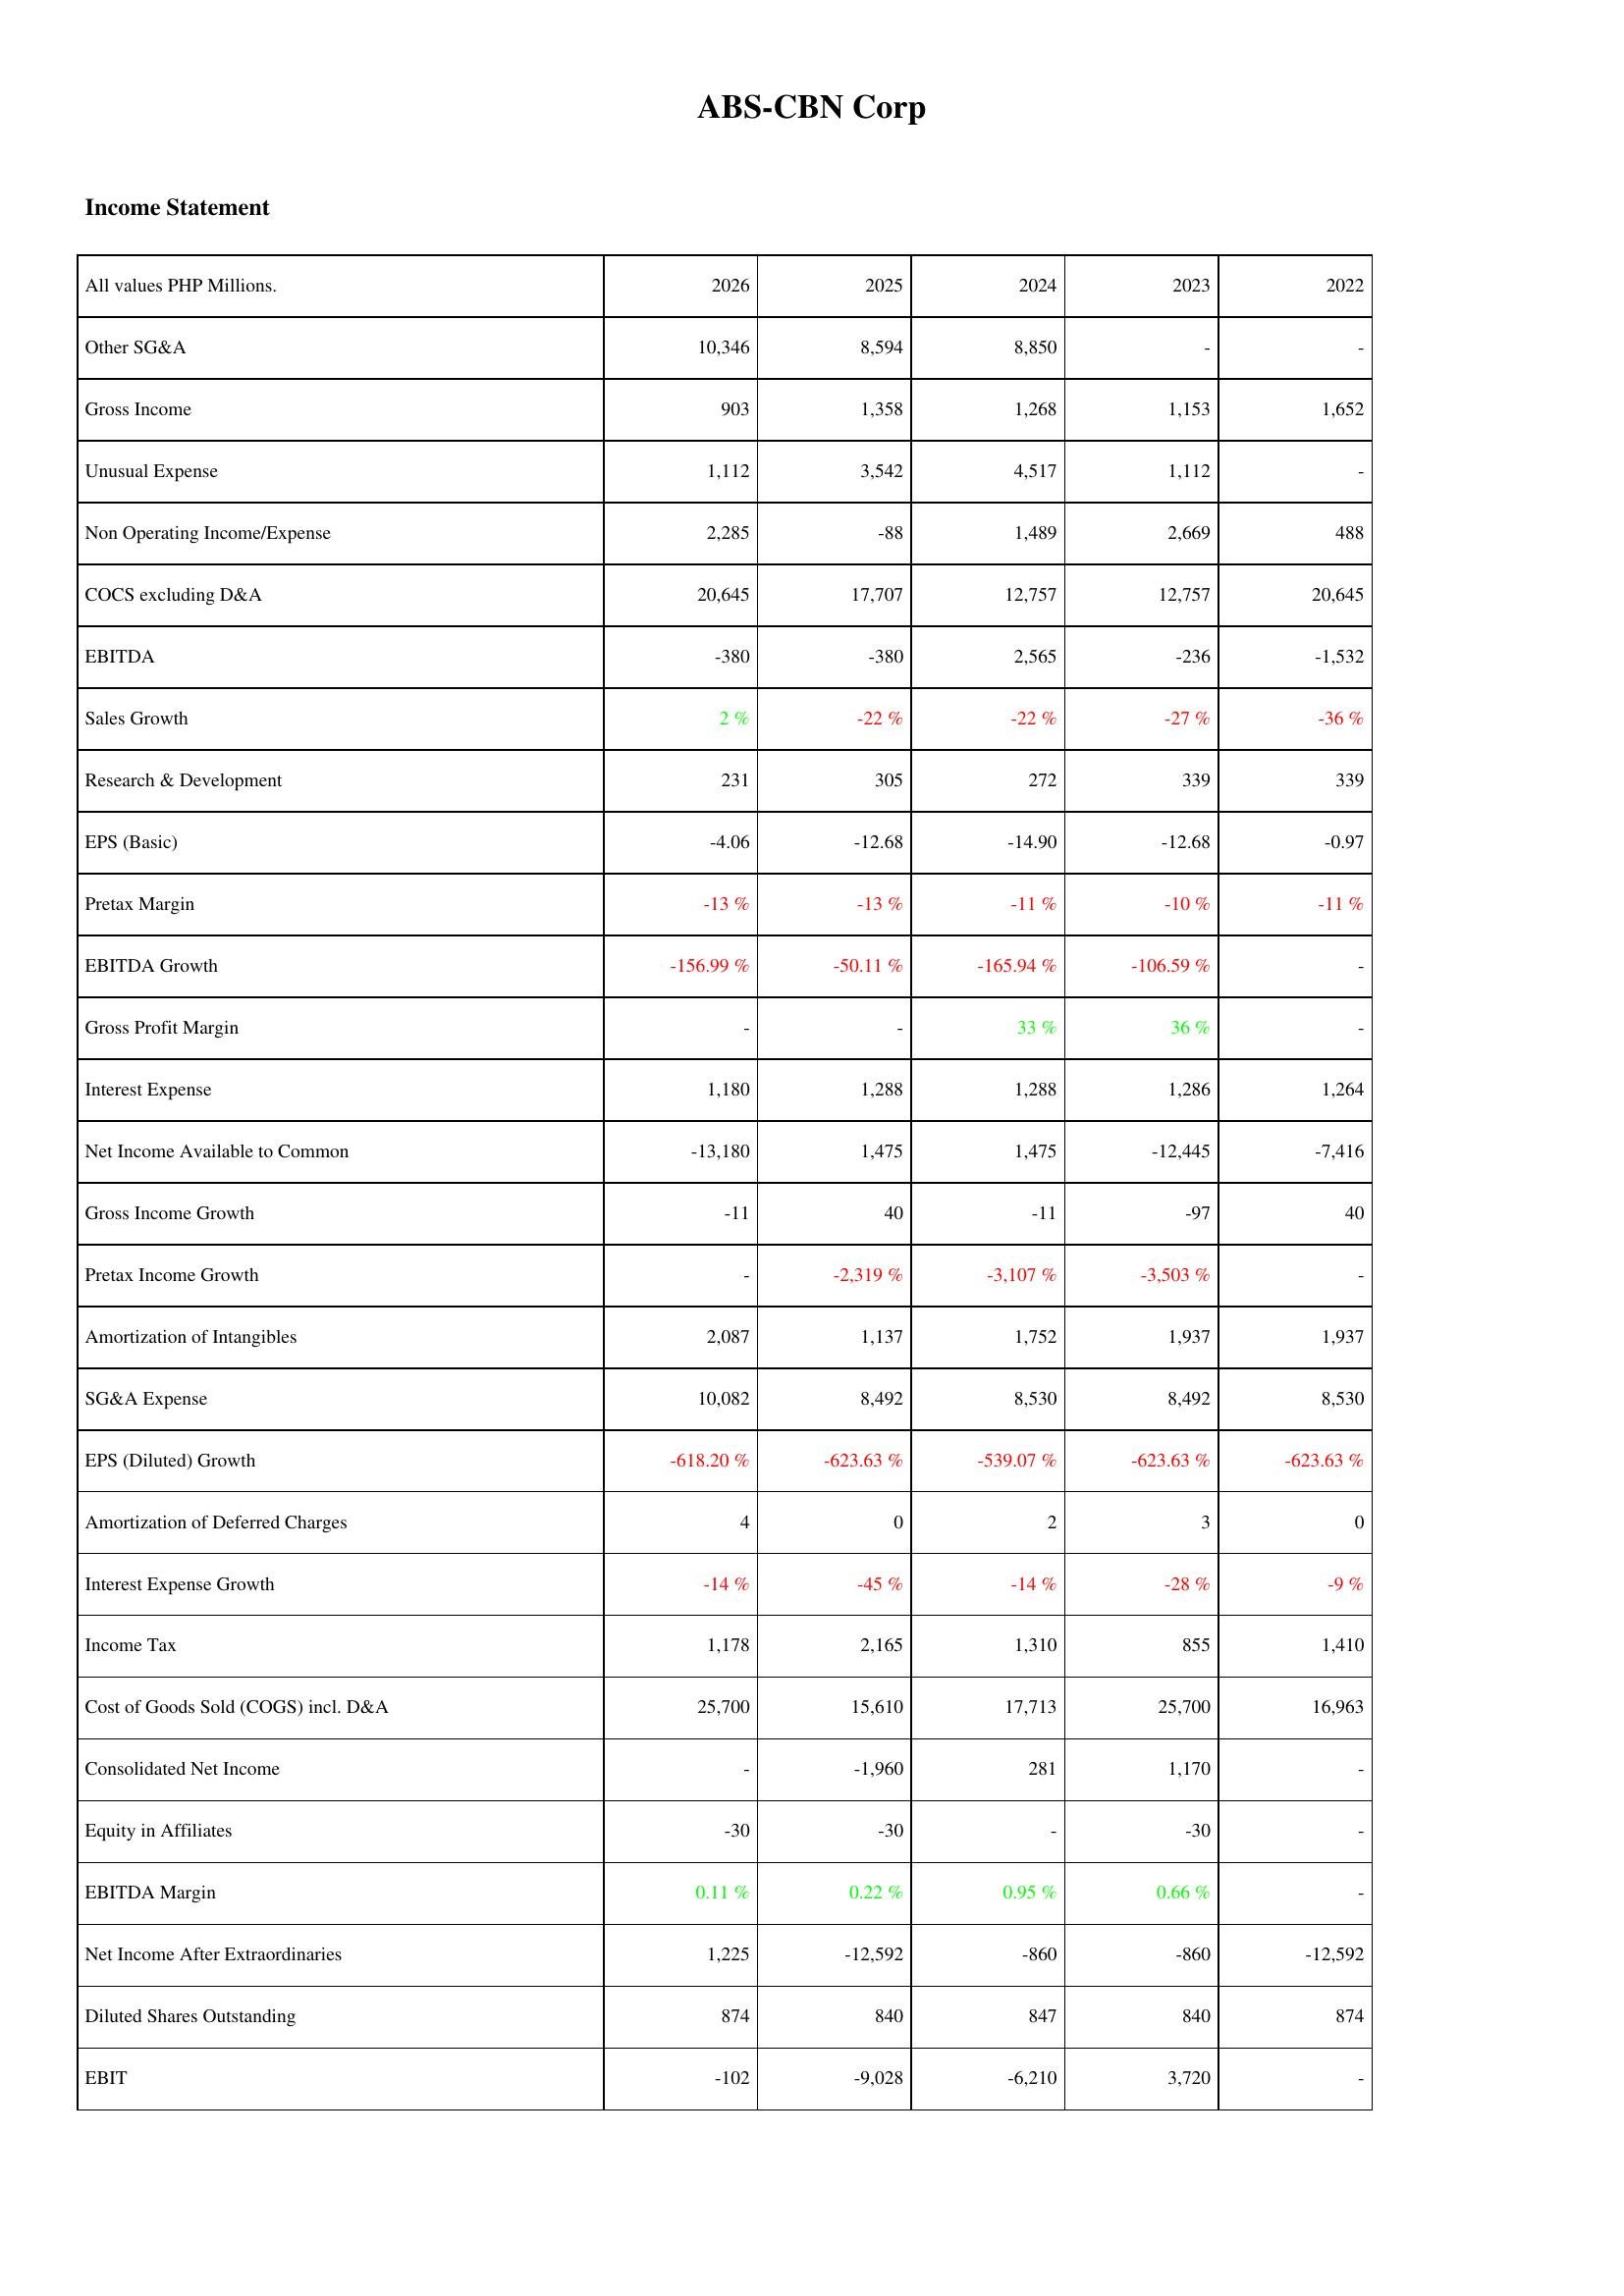
2026: Income Statement: Other SG&A: 10,346
Gross Income: 903
Unusual Expense: 1,112
Non Operating Income/Expense: 2,285
COCS excluding D&A: 20,645
EBITDA: -380
Sales Growth: 2 %
Research & Development: 231
EPS (Basic): -4.06
Pretax Margin: -13 %
EBITDA Growth: -156.99 %
Gross Profit Margin: -
Interest Expense: 1,180
Net Income Available to Common: -13,180
Gross Income Growth: -11
Pretax Income Growth: -
Amortization of Intangibles: 2,087
SG&A Expense: 10,082
EPS (Diluted) Growth: -618.20 %
Amortization of Deferred Charges: 4
Interest Expense Growth: -14 %
Income Tax: 1,178
Cost of Goods Sold (COGS) incl. D&A: 25,700
Consolidated Net Income: -
Equity in Affiliates: -30
EBITDA Margin: 0.11 %
Net Income After Extraordinaries: 1,225
Diluted Shares Outstanding: 874
EBIT: -102
2025: Income Statement: Other SG&A: 8,594
Gross Income: 1,358
Unusual Expense: 3,542
Non Operating Income/Expense: -88
COCS excluding D&A: 17,707
EBITDA: -380
Sales Growth: -22 %
Research & Development: 305
EPS (Basic): -12.68
Pretax Margin: -13 %
EBITDA Growth: -50.11 %
Gross Profit Margin: -
Interest Expense: 1,288
Net Income Available to Common: 1,475
Gross Income Growth: 40
Pretax Income Growth: -2,319 %
Amortization of Intangibles: 1,137
SG&A Expense: 8,492
EPS (Diluted) Growth: -623.63 %
Amortization of Deferred Charges: 0
Interest Expense Growth: -45 %
Income Tax: 2,165
Cost of Goods Sold (COGS) incl. D&A: 15,610
Consolidated Net Income: -1,960
Equity in Affiliates: -30
EBITDA Margin: 0.22 %
Net Income After Extraordinaries: -12,592
Diluted Shares Outstanding: 840
EBIT: -9,028
2024: Income Statement: Other SG&A: 8,850
Gross Income: 1,268
Unusual Expense: 4,517
Non Operating Income/Expense: 1,489
COCS excluding D&A: 12,757
EBITDA: 2,565
Sales Growth: -22 %
Research & Development: 272
EPS (Basic): -14.90
Pretax Margin: -11 %
EBITDA Growth: -165.94 %
Gross Profit Margin: 33 %
Interest Expense: 1,288
Net Income Available to Common: 1,475
Gross Income Growth: -11
Pretax Income Growth: -3,107 %
Amortization of Intangibles: 1,752
SG&A Expense: 8,530
EPS (Diluted) Growth: -539.07 %
Amortization of Deferred Charges: 2
Interest Expense Growth: -14 %
Income Tax: 1,310
Cost of Goods Sold (COGS) incl. D&A: 17,713
Consolidated Net Income: 281
Equity in Affiliates: -
EBITDA Margin: 0.95 %
Net Income After Extraordinaries: -860
Diluted Shares Outstanding: 847
EBIT: -6,210
2023: Income Statement: Other SG&A: -
Gross Income: 1,153
Unusual Expense: 1,112
Non Operating Income/Expense: 2,669
COCS excluding D&A: 12,757
EBITDA: -236
Sales Growth: -27 %
Research & Development: 339
EPS (Basic): -12.68
Pretax Margin: -10 %
EBITDA Growth: -106.59 %
Gross Profit Margin: 36 %
Interest Expense: 1,286
Net Income Available to Common: -12,445
Gross Income Growth: -97
Pretax Income Growth: -3,503 %
Amortization of Intangibles: 1,937
SG&A Expense: 8,492
EPS (Diluted) Growth: -623.63 %
Amortization of Deferred Charges: 3
Interest Expense Growth: -28 %
Income Tax: 855
Cost of Goods Sold (COGS) incl. D&A: 25,700
Consolidated Net Income: 1,170
Equity in Affiliates: -30
EBITDA Margin: 0.66 %
Net Income After Extraordinaries: -860
Diluted Shares Outstanding: 840
EBIT: 3,720
2022: Income Statement: Other SG&A: -
Gross Income: 1,652
Unusual Expense: -
Non Operating Income/Expense: 488
COCS excluding D&A: 20,645
EBITDA: -1,532
Sales Growth: -36 %
Research & Development: 339
EPS (Basic): -0.97
Pretax Margin: -11 %
EBITDA Growth: -
Gross Profit Margin: -
Interest Expense: 1,264
Net Income Available to Common: -7,416
Gross Income Growth: 40
Pretax Income Growth: -
Amortization of Intangibles: 1,937
SG&A Expense: 8,530
EPS (Diluted) Growth: -623.63 %
Amortization of Deferred Charges: 0
Interest Expense Growth: -9 %
Income Tax: 1,410
Cost of Goods Sold (COGS) incl. D&A: 16,963
Consolidated Net Income: -
Equity in Affiliates: -
EBITDA Margin: -
Net Income After Extraordinaries: -12,592
Diluted Shares Outstanding: 874
EBIT: -